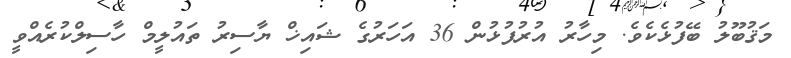
މަޤުބޫލު ބޭފުޅެކެވެ. މިހާރު އުރުފުޅުން 36 އަހަރުގެ ޝައިޚް ޔާސިރު ތައުލީމް ހާސިލްކުރެއްވީ